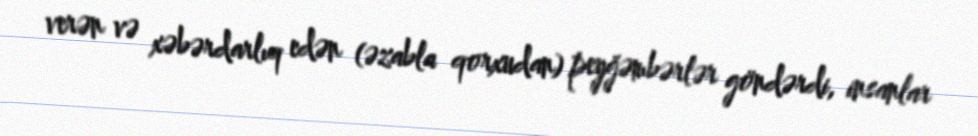
verən və xəbərdarlıq edən (əzabla qorxudan) peyğəmbərlər göndərdi, insanlar